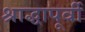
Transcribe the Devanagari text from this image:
श्राद्धापूर्वी